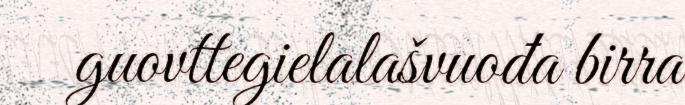
guovttegielalašvuođa birra